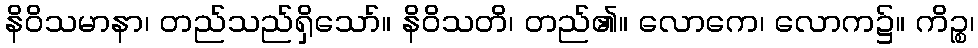
နိဝိသမာနာ၊ တည်သည်ရှိသော်။ နိဝိသတိ၊ တည်၏။ လောကေ၊ လောက၌။ ကိဉ္စ၊